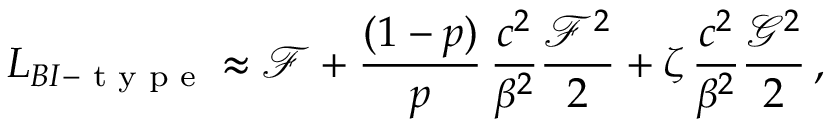
L _ { B I - \textrm { t y p e } } \approx \mathcal { F } + \frac { ( 1 - p ) } { p } \, \frac { c ^ { 2 } } { \beta ^ { 2 } } \frac { \mathcal { F } ^ { 2 } } { 2 } + \zeta \, \frac { c ^ { 2 } } { \beta ^ { 2 } } \frac { \mathcal { G } ^ { 2 } } { 2 } \, ,